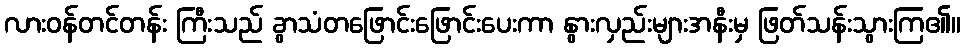
လားဝန်တင်တန်း ကြီးသည် ခွာသံတဖြောင်းဖြောင်းပေးကာ နွားလှည်းများအနီးမှ ဖြတ်သန်းသွားကြ၏။